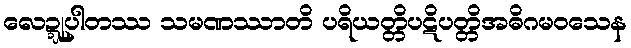
လေဍ္ဍုပါတဿ သမဏဿာတိ ပရိယတ္တိပဋိပတ္တိအဓိဂမဝသေန